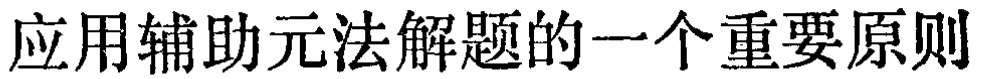
应用辅助元法解题的一个重要原则